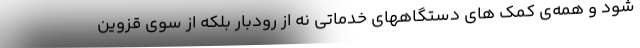
شود و همه‌ی کمک های دستگاههای خدماتی نه از رودبار بلکه از سوی قزوین